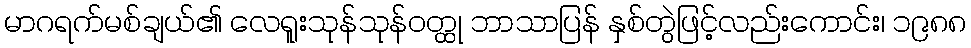
မာဂရက်မစ်ချယ်၏ လေရူးသုန်သုန်ဝတ္ထု ဘာသာပြန် နှစ်တွဲဖြင့်လည်းကောင်း၊ ၁၉၈၈